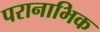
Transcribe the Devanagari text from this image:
परानाभिक